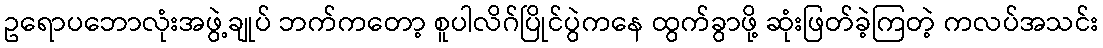
ဥရောပဘောလုံးအဖွဲ့ချုပ် ဘက်ကတော့ စူပါလိဂ်ပြိုင်ပွဲကနေ ထွက်ခွာဖို့ ဆုံးဖြတ်ခဲ့ကြတဲ့ ကလပ်အသင်း